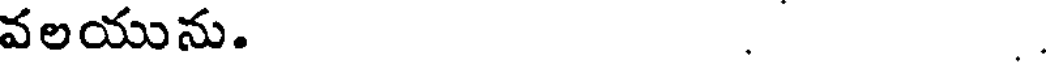
వలయును. .